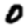
Digit: 0